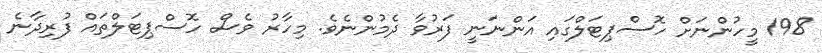
198 މީހުންނަށް ހޮސްޕިޓަލްގައި އަންނަނީ ފަރުވާ ދެމުންނެވެ. މިހާރު ވެސް ހޮސްޕިޓަލްތައް ފުރިދާނެ